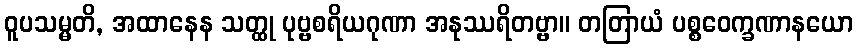
ဝူပသမ္မတိ, အထာနေန သတ္ထု ပုဗ္ဗစရိယဂုဏာ အနုဿရိတဗ္ဗာ။ တတြာယံ ပစ္စဝေက္ခဏာနယော